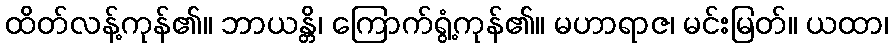
ထိတ်လန့်ကုန်၏။ ဘာယန္တိ၊ ကြောက်ရွံ့ကုန်၏။ မဟာရာဇ၊ မင်းမြတ်။ ယထာ၊